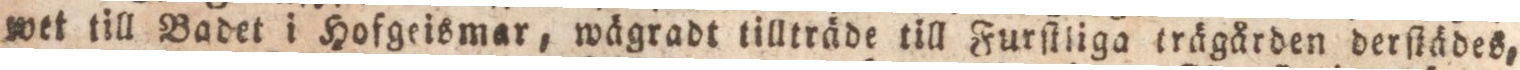
wet till Badet i Hofgeismar, wägradt tillträde till Furſtliga trägården derſtädes,